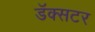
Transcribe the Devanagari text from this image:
डॅक्सटर